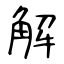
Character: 解